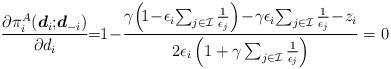
LaTeX: \begin{align*}\frac{\partial\pi_i^A(\boldsymbol{d}_i;\!\boldsymbol{d}_{-i})}{\partial d_i} \!\!&= \!\!1\! - \! \frac{\gamma\!\left( \!1\!-\! \epsilon_i\! \sum_{j \in \mathcal{I}}{\frac{1}{\epsilon_j}}\right) \!-\! \gamma \epsilon_i \!\sum_{j \in \mathcal{I}}{\frac{1}{\epsilon_j}}\!-\! z_i }{2\epsilon_i\left( 1+ \gamma \sum_{j \in \mathcal{I}}{\frac{1}{\epsilon_j}}\right)} =0 \end{align*}